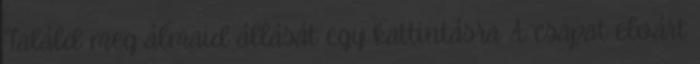
Találd meg álmaid állását egy kattintásra A csapat elvárt